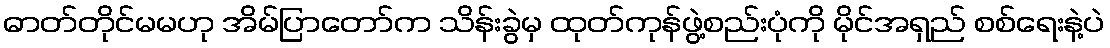
ဓာတ်တိုင်မမဟု အိမ်ပြာတော်က သိန်းခွဲမှ ထုတ်ကုန်ဖွဲ့စည်းပုံကို မိုင်အရှည် စစ်ရေးနဲ့ပဲ